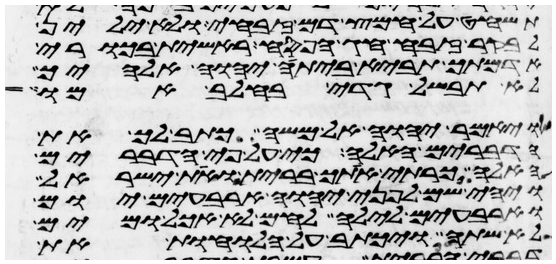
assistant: תשחט על חמץ דם זבחי ולא ילין
לבקר זבח חג הפסח ראשית בכורי
אדמתך תביא ביתה יהוה אלהיך
לא תבשל גדי בחלב אמו
ויאמר יהוה אל משה כתב לך את
הדברים האלה כי על פי הדברים
האלה כרתי אתך ברית ואת ישראל
ויהי שם לפני יהוה ארבעים יום
וארבעים לילה לחם לא אכל ומים
לא שתה ויכתב על הלוחות את